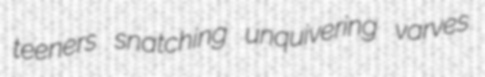
teeners snatching unquivering varves